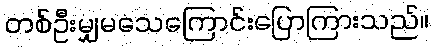
တစ်ဦးမျှမသေကြောင်းပြောကြားသည်။